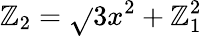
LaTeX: \mathbb{Z}_{2}={\sqrt{}{{3x^{2}+\mathbb{Z}_{1}^{2}}}}